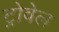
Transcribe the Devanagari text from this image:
ट्रोवेल